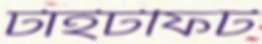
টাইটফিট